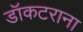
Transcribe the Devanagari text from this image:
डॉकटराना